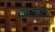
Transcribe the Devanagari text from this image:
जिप्साइट